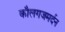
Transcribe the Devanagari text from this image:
कौलगजमर्दन